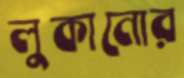
লুকানোর